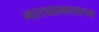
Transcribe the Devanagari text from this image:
नाट्यप्रकावरून